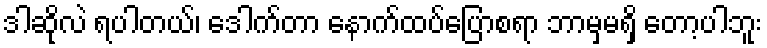
ဒါဆိုလဲ ရပါတယ်၊ ဒေါက်တာ နောက်ထပ်ပြောစရာ ဘာမှမရှိ တော့ပါဘူး